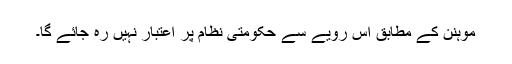
موہنن کے مطابق اس رویے سے حکومتی نظام پر اعتبار نہیں رہ جائے گا۔